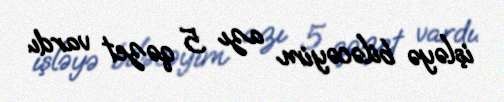
işləyə biləcəyim azı 5 qəzet vardı.